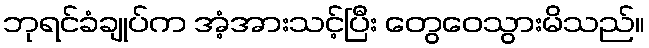
ဘုရင်ခံချုပ်က အံ့အားသင့်ပြီး တွေဝေသွားမိသည်။